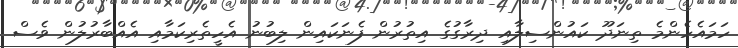
ހަމައެހެންމެ ތިނަދޫ ކައުންސިލާއި ދިރާގުގެ އިތުރުން ފެނަކައިން ލިބުނު އެހީތެރިކަމާއި އެއްބާރުލުން ވެސް